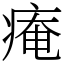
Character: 痷